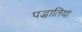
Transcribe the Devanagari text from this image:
पद्धातियां